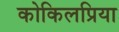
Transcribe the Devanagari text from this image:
कोकिलप्रिया